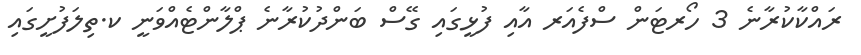
ރައްކާކުރާނެ 3 ހޯރޓަން ސްފެއަރ އާއި ފުޅީގައި ގޭސް ބަންދުކުރާނެ ޕްލާންޓެއްވަނީ ކ.ތިލަފުށީގައި